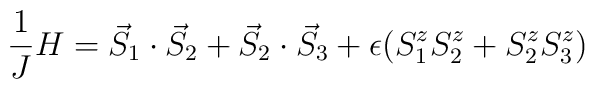
\frac{1}{J} H = \vec{S}_1 \cdot \vec{S}_2 +   \vec{S}_2 \cdot\vec{S}_3 +  \epsilon (S^z_1 S^z_2 + S^z_2 S^z_3)